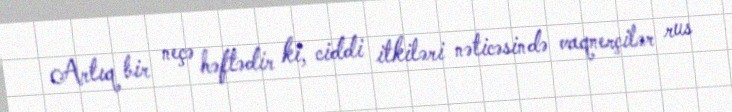
Artıq bir neçə həftədir ki, ciddi itkiləri nəticəsində vaqnerçilər rus